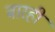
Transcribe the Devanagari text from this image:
बारही